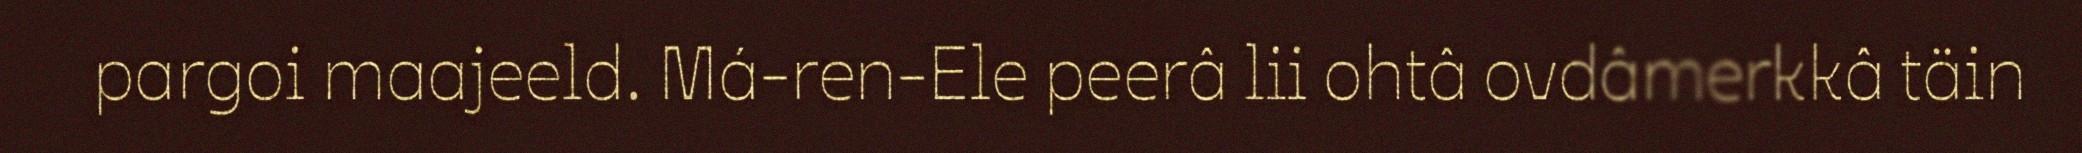
pargoi maajeeld. Má-ren-Ele peerâ lii ohtâ ovdâmerkkâ täin